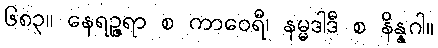
၆၈၃။ နေရဉ္ဇရာ စ ကာဝေရီ၊ နမ္မဒါဒီ စ နိန္နဂါ။